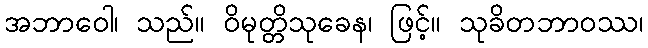
အဘာဝေါ၊ သည်။ ဝိမုတ္တိသုခေန၊ ဖြင့်။ သုခိတဘာဝဿ၊